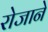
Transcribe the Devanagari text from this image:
रोजाने